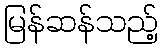
မြန်ဆန်သည့်